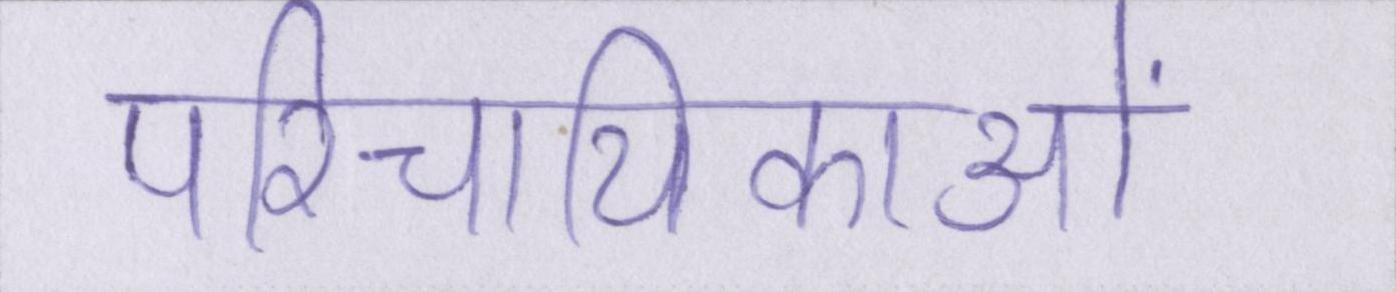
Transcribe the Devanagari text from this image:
परिचायिकाओं